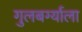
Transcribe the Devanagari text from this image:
गुलबर्ग्याला